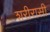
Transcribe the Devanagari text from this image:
शरीरासी